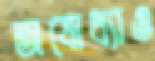
অযোধ্যাও